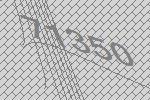
71350